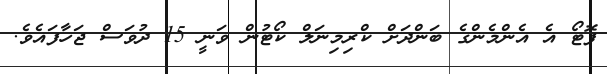
ފޮޓޯ އެ އެންމެންގެ ބަންދަށް ކްރިމިނަލް ކޯޓުން ވަނީ 15 ދުވަސް ޖަހާފައެވެ.